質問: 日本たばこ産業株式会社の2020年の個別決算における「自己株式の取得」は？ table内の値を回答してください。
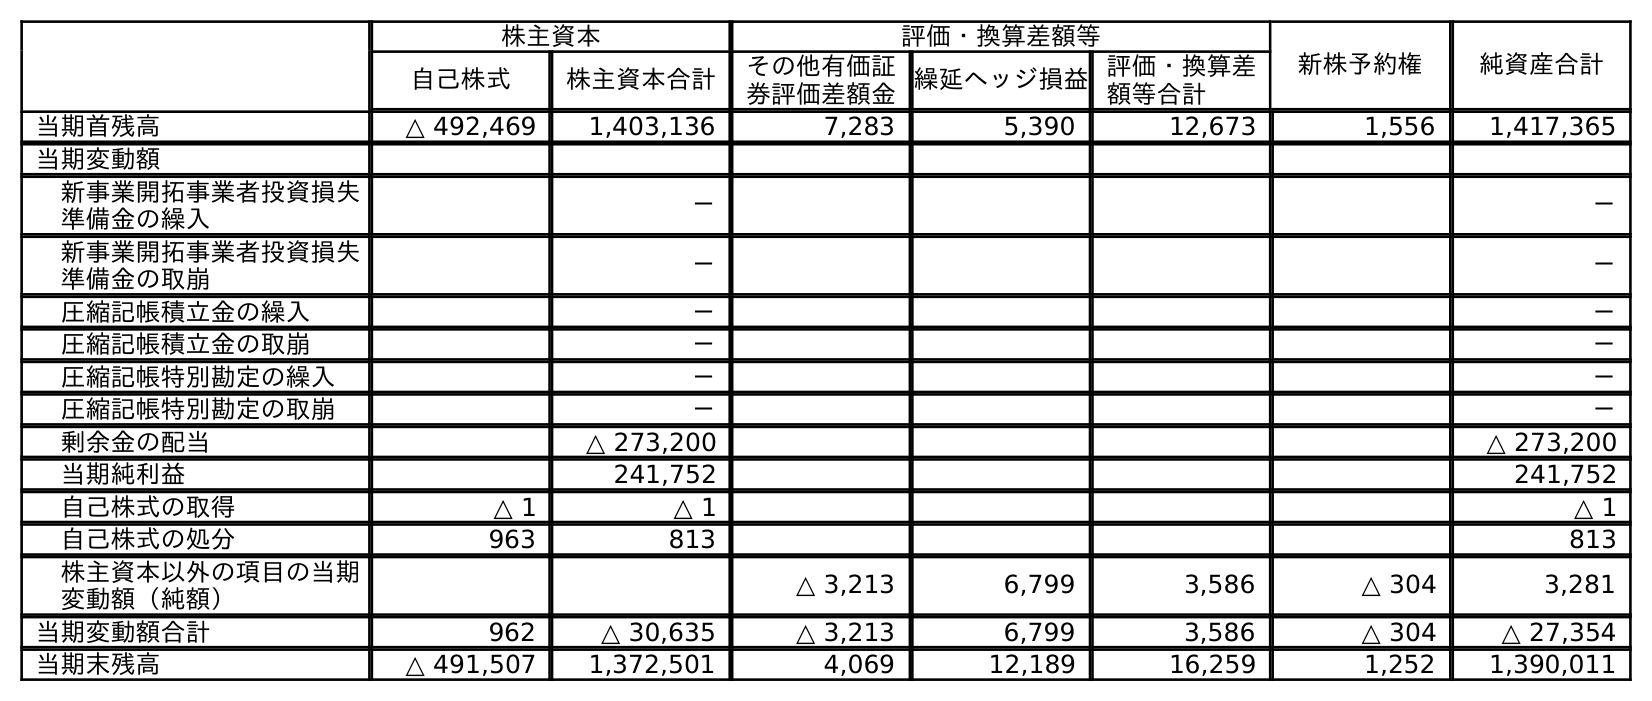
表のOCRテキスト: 株主資本 評価・換算差額等 新株予約権 純資産合計 自己株式 株主資本合計 その他有価証 券評価差額金繰延ヘッジ損益評価・換算差 額等合計 当期首残高 △ 492,469 1,403,136 7,283 5,390 12,673 1,556 1,417,365 当期変動額 新事業開拓事業者投資損失 準備金の繰入 － － 新事業開拓事業者投資損失 準備金の取崩 － － 圧縮記帳積立金の繰入 － － 圧縮記帳積立金の取崩 － － 圧縮記帳特別勘定の繰入 － － 圧縮記帳特別勘定の取崩 － － 剰余金の配当 △ 273,200 △ 273,200 当期純利益 241,752 241,752 自己株式の取得 △ 1 △ 1 △ 1 自己株式の処分 963 813 813 株主資本以外の項目の当期 変動額（純額） △ 3,213 6,799 3,586 △ 304 3,281 当期変動額合計 962 △ 30,635 △ 3,213 6,799 3,586 △ 304 △ 27,354 当期末残高 △ 491,507 1,372,501 4,069 12,189 16,259 1,252 1,390,011
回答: △1